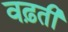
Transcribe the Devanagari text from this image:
वढ़ती